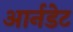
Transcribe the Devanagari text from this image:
आर्नडेट